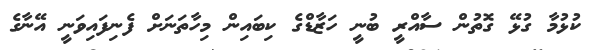
ކުޅުމާ ގުޅޭ ގޮތުން ސާއްރީ ބުނީ ހަޒާޑްގެ ކިބައިން މިހާތަނަށް ފެނިފައިވަނީ އޭނާގެ